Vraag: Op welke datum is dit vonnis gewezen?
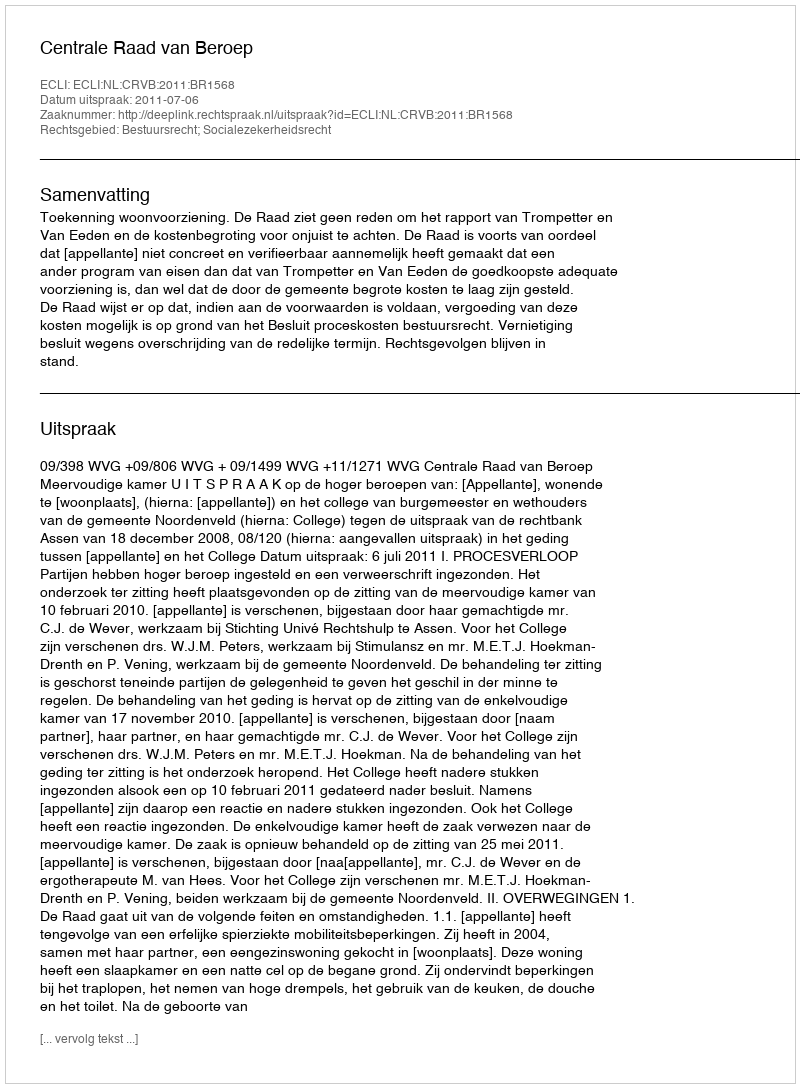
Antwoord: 2011-07-06